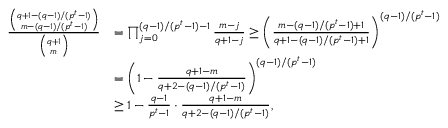
\begin{array} { r l } { \frac { \binom { q + 1 - ( q - 1 ) / ( p ^ { t } - 1 ) } { m - ( q - 1 ) / ( p ^ { t } - 1 ) } } { \binom { q + 1 } { m } } } & { = \prod _ { j = 0 } ^ { ( q - 1 ) / ( p ^ { t } - 1 ) - 1 } \frac { m - j } { q + 1 - j } \geq \bigg ( \frac { m - ( q - 1 ) / ( p ^ { t } - 1 ) + 1 } { q + 1 - ( q - 1 ) / ( p ^ { t } - 1 ) + 1 } \bigg ) ^ { ( q - 1 ) / ( p ^ { t } - 1 ) } } \\ & { = \bigg ( 1 - \frac { q + 1 - m } { q + 2 - ( q - 1 ) / ( p ^ { t } - 1 ) } \bigg ) ^ { ( q - 1 ) / ( p ^ { t } - 1 ) } } \\ & { \geq 1 - \frac { q - 1 } { p ^ { t } - 1 } \cdot \frac { q + 1 - m } { q + 2 - ( q - 1 ) / ( p ^ { t } - 1 ) } , } \end{array}